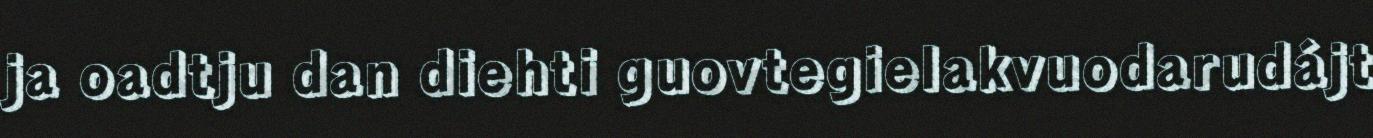
ja oadtju dan diehti guovtegielakvuodarudájt